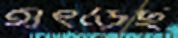
হাৎড়েছ